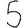
Digit: 5